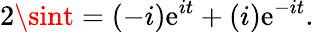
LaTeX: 2\sint=(-i)\mathrm{e}^{it}+(i)\mathrm{e}^{-it}.